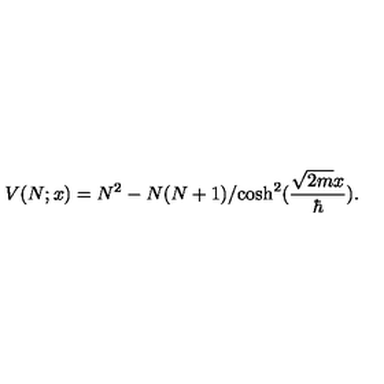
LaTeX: V ( N ; x ) = N ^ { 2 } - { N ( N + 1 ) } / { \cosh ^ { 2 } ( { \frac { \sqrt { 2 m } x } { \hbar } } ) } .